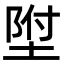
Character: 𡍃